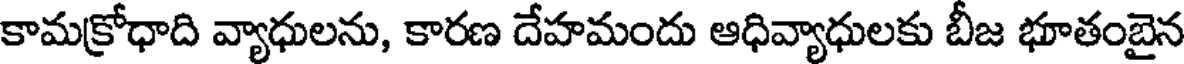
కామక్రోధాది వ్యాధులను, కారణ దేహమందు ఆధివ్యాధులకు బీజ భూతంబైన